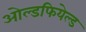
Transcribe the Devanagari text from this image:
ओल्डफियेल्ड